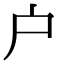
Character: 户